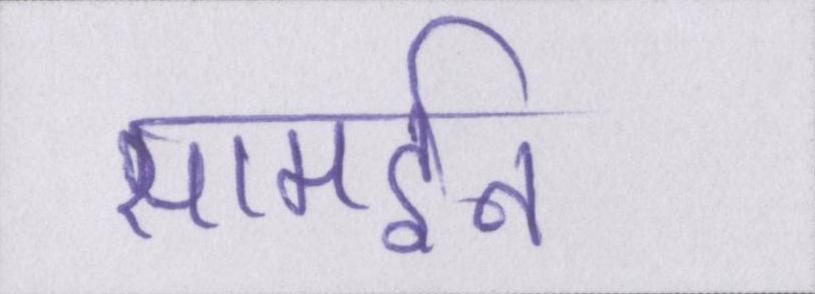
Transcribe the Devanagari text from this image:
सामईन